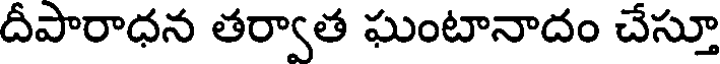
దీపారాధన తర్వాత ఘంటానాదం చేస్తూ